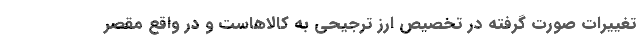
تغییرات صورت گرفته در تخصیص ارز ترجیحی به کالاهاست و در واقع مقصر